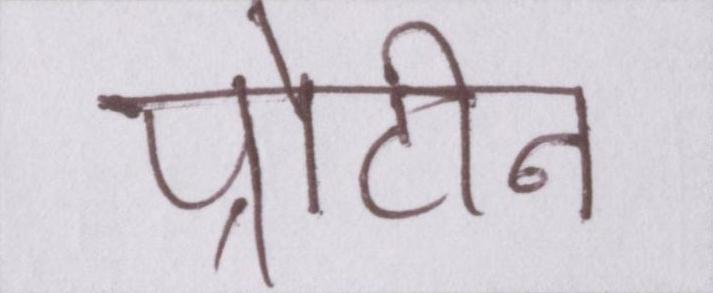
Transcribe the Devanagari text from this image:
प्रोटीन